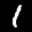
Label: 1